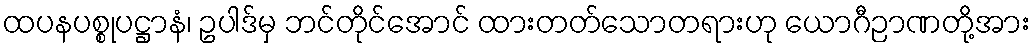
ထပနပစ္စုပဋ္ဌာနံ၊ ဥပါဒ်မှ ဘင်တိုင်အောင် ထားတတ်သောတရားဟု ယောဂီဉာဏတို့အား